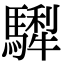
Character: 𩥴